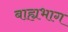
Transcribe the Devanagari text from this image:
बाह्यभाग